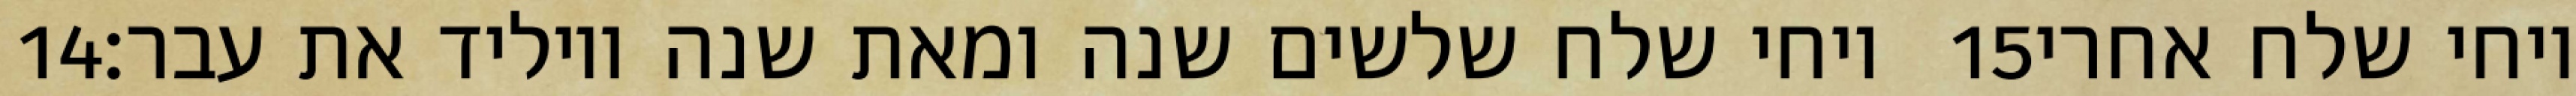
‎14‏ ויחי שלח שלשים שנה ומאת שנה ויוליד את עבר׃ ‎15‏ ויחי שלח אחרי